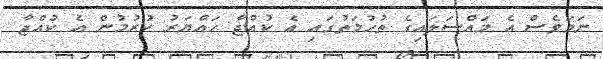
ނަމަވެސް އެ މައްސަލައިގެ ތުހުމަތުގައި އެ ކުއްޖާ ހައްޔަރު ކުރުމުން އެ ކުއްޖާ